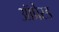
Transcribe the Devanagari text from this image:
ऑप्रेस्ड